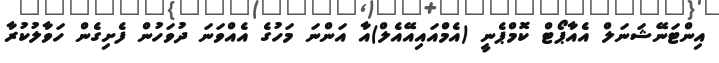
އިންޓަނޭޝަނަލް އެއާޕޯޓް ކޮމްޕެނީ (އެމްއައިއޭއެލް)އާ އަންނަ މަހުގެ އެއްވަނަ ދުވަހުން ފެށިގެން ހަވާލުކުރާ